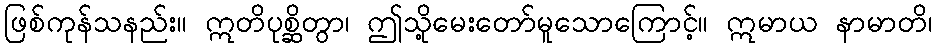
ဖြစ်ကုန်သနည်း။ ဣတိပုစ္ဆိတွာ၊ ဤသို့မေးတော်မူသောကြောင့်။ ဣမာယ နာမာတိ၊